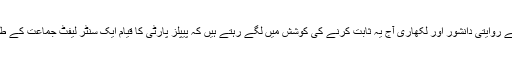
پیپلز پارٹی کے روایتی دانشور اور لکھاری آج یہ ثابت کرنے کی کوشش میں لگے رہتے ہیں کہ پیپلز پارٹی کا قیام ایک سنٹر لیفٹ جماعت کے طور پر ہوا تھا۔